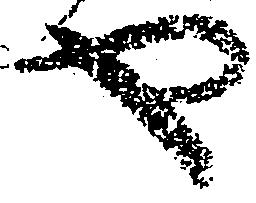
や